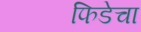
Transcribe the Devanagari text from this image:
फिडेचा